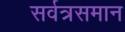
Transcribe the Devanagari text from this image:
सर्वत्रसमान